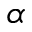
\alpha